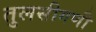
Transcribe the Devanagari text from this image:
तुलसीगणी